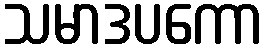
သမာဒပကော